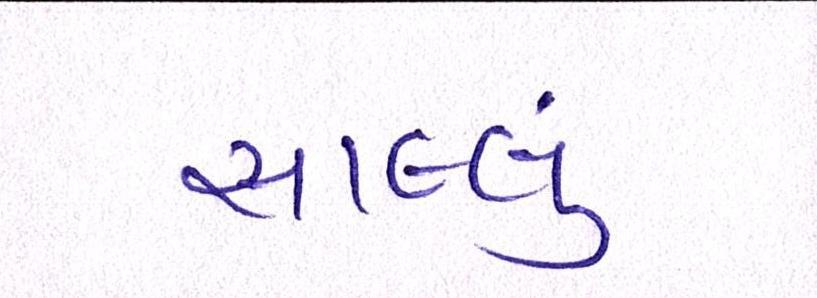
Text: સાલ્લું